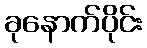
ခုနောက်ပိုင်း